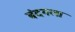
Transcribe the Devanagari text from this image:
बंदगला